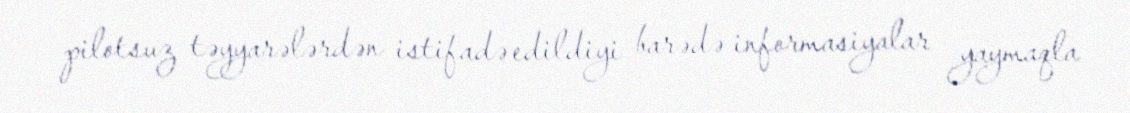
pilotsuz təyyarələrdən istifadə edildiyi barədə informasiyalar yaymaqla